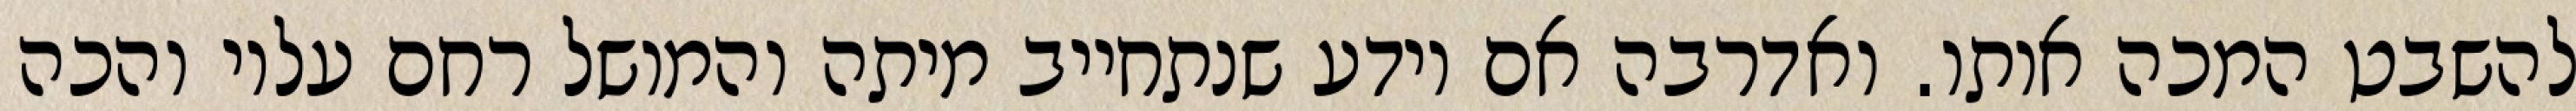
להשבט המכה אותו. ואדרבה אם יודע שנתחייב מיתה והמושל רחם עליו והכה